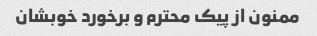
ممنون از پیک محترم و برخورد خوبشان